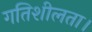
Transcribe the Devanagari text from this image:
गतिशीलता।